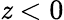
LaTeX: \mathit{z}<0